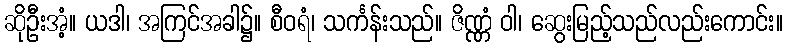
ဆိုဦးအံ့။ ယဒါ၊ အကြင်အခါ၌။ စီဝရံ၊ သင်္ကန်းသည်။ ဇိဏ္ဏံ ဝါ၊ ဆွေးမြည့်သည်လည်းကောင်း။